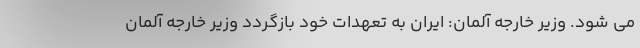
می شود. وزیر خارجه آلمان: ایران به تعهدات خود بازگردد وزیر خارجه آلمان